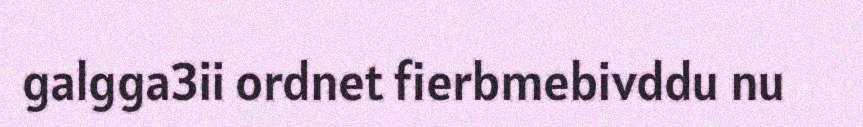
galgga3ii ordnet fierbmebivddu nu